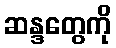
ဆန္ဒတွေကို